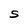
Character: S